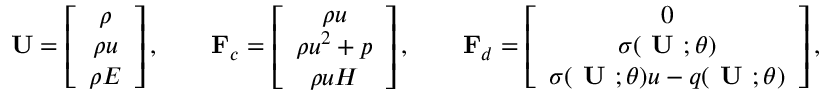
{ \bf U } = \left[ \begin{array} { c c } { \rho } \\ { \rho u } \\ { \rho E } \end{array} \right] , \qquad { \bf F } _ { c } = \left[ \begin{array} { c c } { \rho u } \\ { \rho u ^ { 2 } + p } \\ { \rho u H } \end{array} \right] , \qquad { \bf F } _ { d } = \left[ \begin{array} { c c } { 0 } \\ { \sigma ( \textbf { U } ; \theta ) } \\ { \sigma ( \textbf { U } ; \theta ) u - q ( \textbf { U } ; \theta ) } \end{array} \right] ,